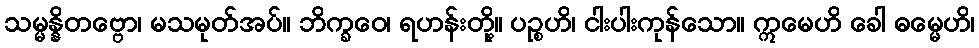
သမ္မန္နိတဗ္ဗော၊ မသမုတ်အပ်။ ဘိက္ခဝေ၊ ရဟန်းတို့။ ပဉ္စဟိ၊ ငါးပါးကုန်သော။ ဣမေဟိ ခေါ ဓမ္မေဟိ၊